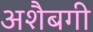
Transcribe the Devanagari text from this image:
अशैबगी